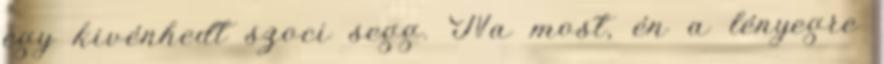
egy kivénhedt szoci segg. Na most, én a lényegre